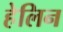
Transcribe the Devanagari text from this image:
हेलिन